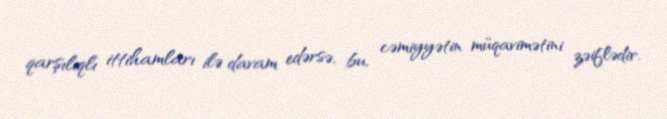
qarşılıqlı ittihamları ilə davam edərsə, bu, cəmiyyətin müqavimətini zəiflədir.